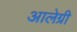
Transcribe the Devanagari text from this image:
आलेग्री